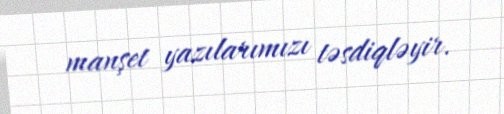
manşet yazılarımızı təsdiqləyir.